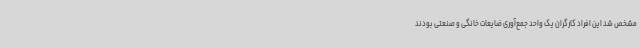
مشخص شد این افراد کارگران یک واحد جمع‌آوری ضایعات خانگی و صنعتی بودند